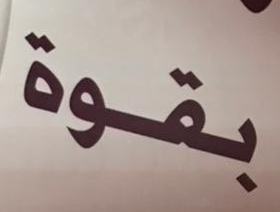
بقوة